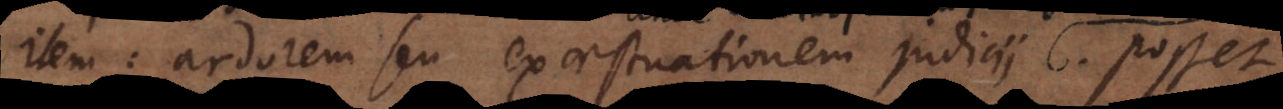
Item: ardorem seu exaestuationem judicii. Am